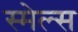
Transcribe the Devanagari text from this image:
स्‍मेल्‍स